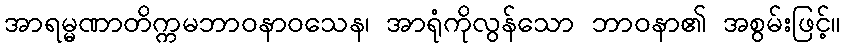
အာရမ္မဏာတိက္ကမဘာဝနာဝသေန၊ အာရုံကိုလွန်သော ဘာဝနာ၏ အစွမ်းဖြင့်။